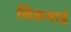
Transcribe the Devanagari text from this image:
सिकमाई